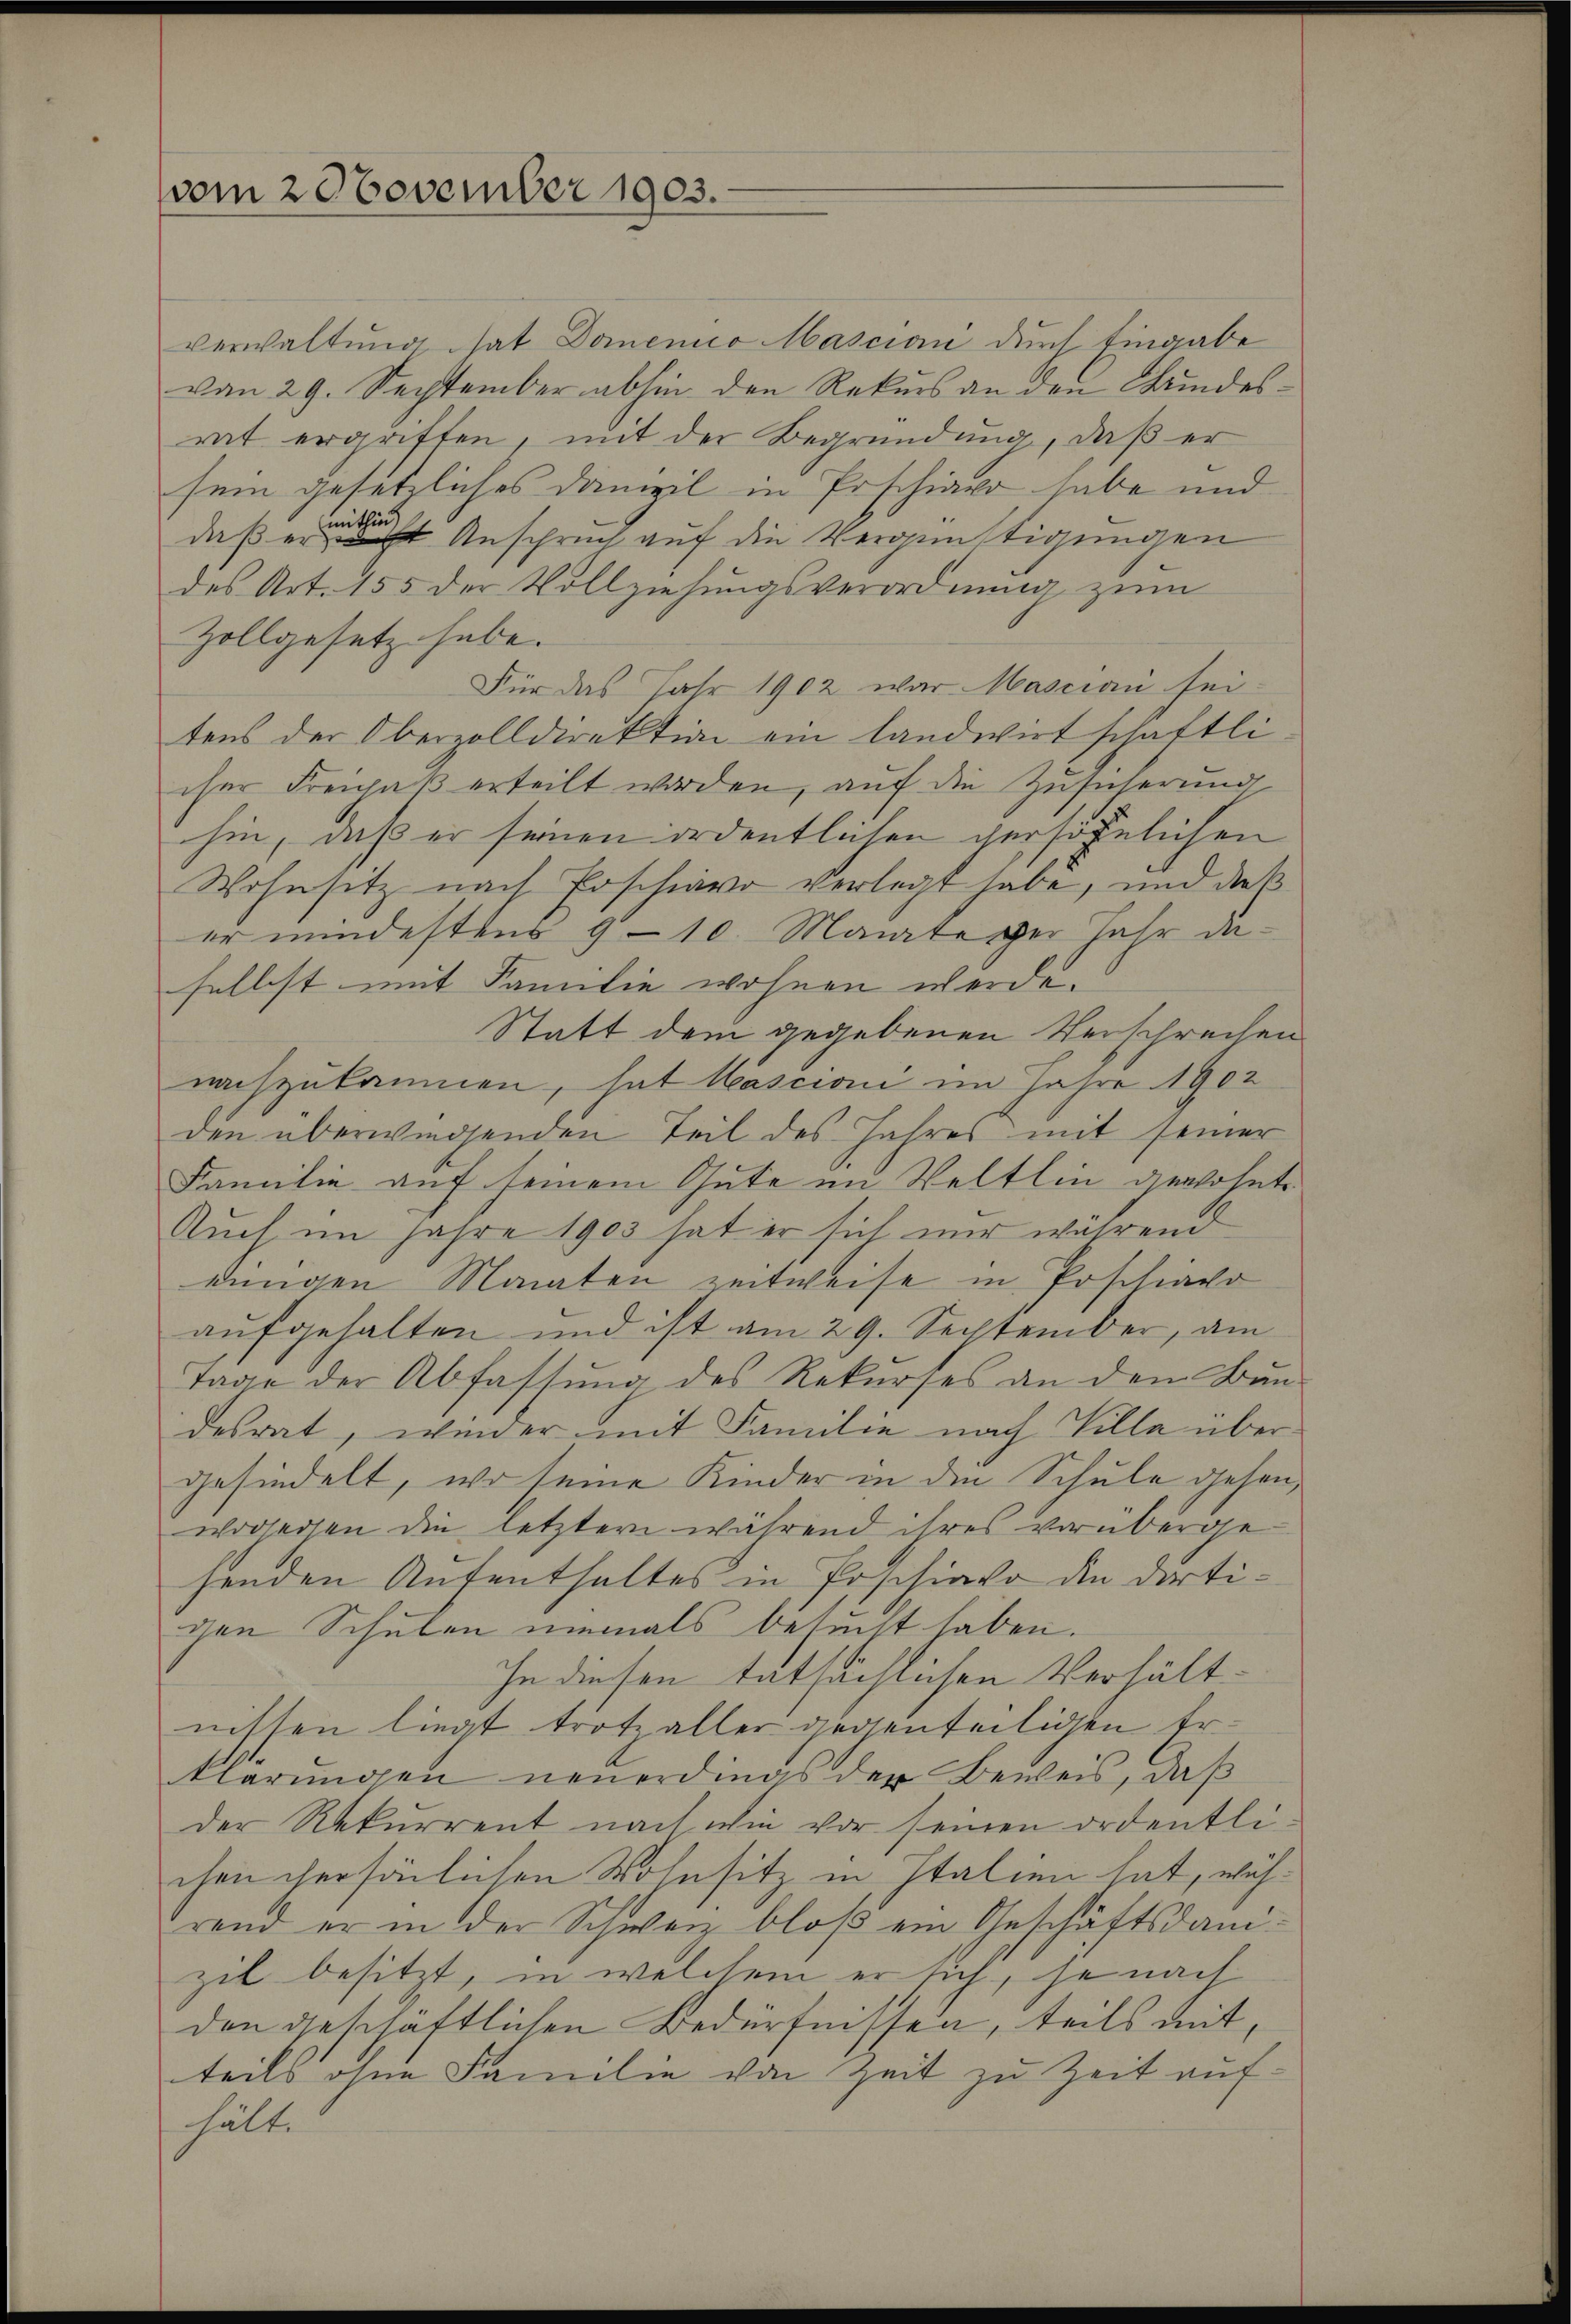
vom 2 November 1903.

verwaltung hat Domenico ascian durch Eingabe
von 29. September abhin den Rekurs an den Bundesrat ergriften, mit der Begründung, daß er
sein gesetzliches Danizil in Erschiavo habe und
daß des Anspruch auf die Vergünstigungen
des Art. 155 der Vollziehungsverordnung zum
Zollgesetz habe.
Für das Jahr 1902 war Mascian sei
tens der Oberzolldirektion ein landwirtschaftli
cher Freihaß erteilt worden, auf die Zusicherung
hin, daß er seinen ordentlichen versöhnlichen
Wohnsitz nach Poschiavo verlegt habe, und dieß
er mindestens 9-10. Manate der Jahr daselbst mit Familie wohnen werde.
Statt dem gegebenen Verschrechen
nachzukommen, hat Mascioni im Jahre 1902
den überwiegenden Teil des Jahres mit seiner
Familie auf seinem Gute im Weltlin gewohnte
Auch im Jahre 1903 hat er sich nur während
dungen Monaten zeitweise in Poschiaco
aufgehalten und ist am 29. September, am
Tage der Abfassung des Rekurses an dem Bau-
desrat, wieder mit Familie nach Tilla übergehindelt, wo seine Kinder in die Schule gehen,
worlegen die letztern während ihres vorüberge-
henden Aufenthaltes in Poschiavo die dortichen Schulen niemals beseit haben.
In diesen tatsächlichen Verhältnissen liegt trotz aller gegenteiligen Erklärungen neuerdings der Beweis, daß
der Rekurrent nach wie vor seinen ordentlichen persönlichen Wohnsitz in Italien hat, während er in der Schweiz bloß ein Geschäftsanizil besitzt, in welchem er sich, se nach
den geschäftlichen Bedürfnissen, teils mit,
teils ohne Familie von Zeit zu Zeit aufhälte